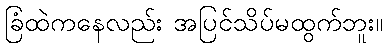
ခြံထဲကနေလည်း အပြင်သိပ်မထွက်ဘူး။